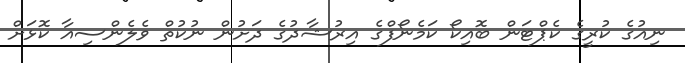
ނިއުގެ ކުރީގެ ކެޕްޓަން ބޮއިކޯ ކަމެނޯފްގެ އިރުޝާދުގެ ދަށުން ނުކުތް ވެލެންސިއާ ކޮޅަށް